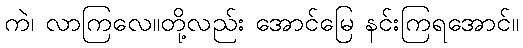
ကဲ၊ လာကြလေ။တို့လည်း အောင်မြေ နင်းကြရအောင်။